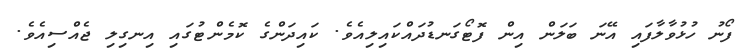
ފޯނު ހުޅުވާލާފައި އޭނަ ބަލަން އިން ފޮޓޯގަނޑުދައްކައިލިއެވެ. ކައިދަންގެ ކޮމެންޓުގައި އިނގިލި ޖެއްސިއެވެ.